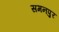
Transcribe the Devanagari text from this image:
समनपुर